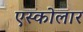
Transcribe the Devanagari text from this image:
एस्कोलार